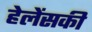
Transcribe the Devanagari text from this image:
हेलेंसकी